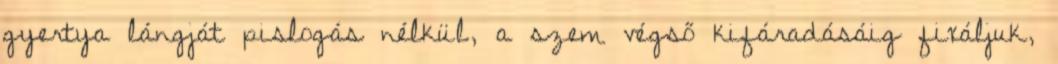
gyertya lángját pislogás nélkül, a szem végső kifáradásáig fixáljuk,